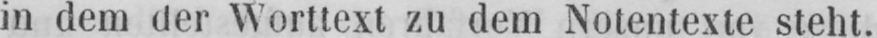
in dem der Worttext zu dem Notentexte steht.